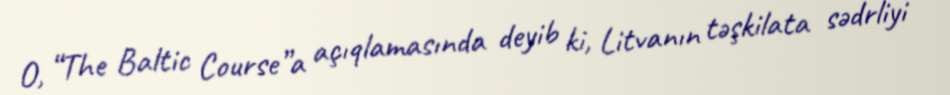
O, “The Baltic Course”a açıqlamasında deyib ki, Litvanın təşkilata sədrliyi